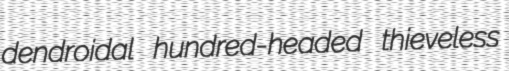
dendroidal hundred-headed thieveless